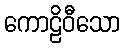
ကောဠိဝီသော